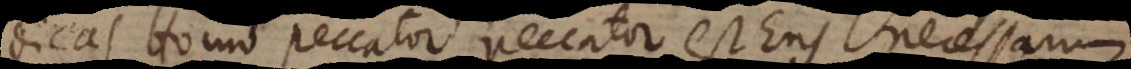
dicas Homo peccator peccator est Ens necessar